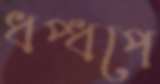
ধপ্‌ধপে